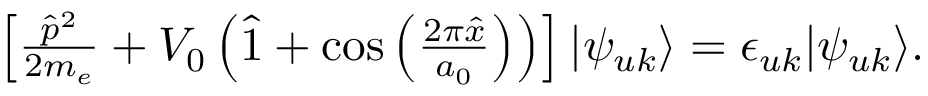
\begin{array} { r } { \left[ \frac { \hat { p } ^ { 2 } } { 2 m _ { e } } + V _ { 0 } \left( \hat { 1 } + \cos \left( \frac { 2 \pi \hat { x } } { a _ { 0 } } \right) \right) \right] | \psi _ { u k } \rangle = \epsilon _ { u k } | \psi _ { u k } \rangle . } \end{array}